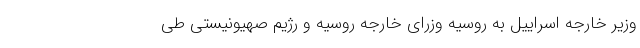
وزیر خارجه اسراییل به روسیه وزرای خارجه روسیه و رژیم صهیونیستی طی